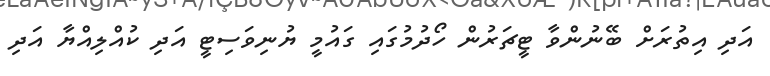
އަދި އިތުރަށް ބޭނުންވާ ޓީޗަރުން ހޯދުމުގައި ގައުމީ ޔުނިވަސިޓީ އަދި ކުއްލިއްޔާ އަދި